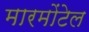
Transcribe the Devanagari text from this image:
मारमोंटेल